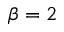
\beta = 2